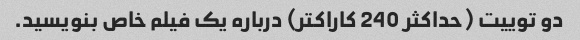
دو توییت (حداکثر 240 کاراکتر) درباره یک فیلم خاص بنویسید.